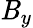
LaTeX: \mathit{B}_{y}